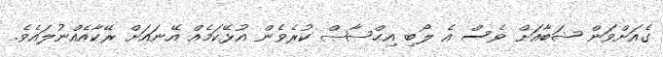
ގެއަށްވަން ޝަބާއަށް ވެސް އެ ލޯބި އިޙްޞާޞް ކުރެވެން އުޅޭކަމެއް އޭނައަށް ރޭކާއެއްނުލައެވެ.